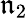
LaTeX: \mathfrak{n}_{2}